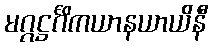
မဂ္ဂဋ္ဌင်္ဂိကယာနယာယိနီ